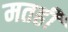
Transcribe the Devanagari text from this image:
मतही